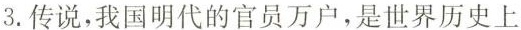
3.传说，我国明代的官员万户，是世界历史上